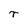
Character: T